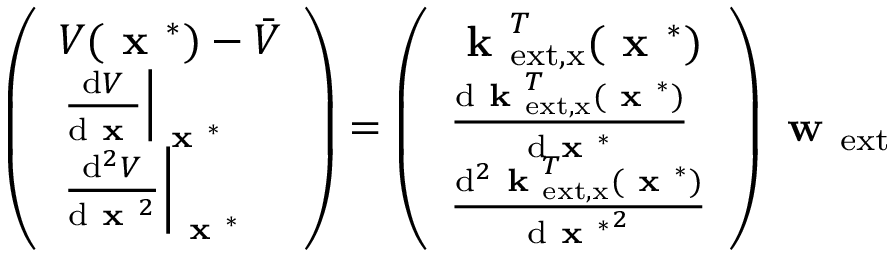
\left( \begin{array} { l } { V ( \textbf { x } ^ { * } ) - \bar { V } } \\ { \left. \frac { \mathrm { d } V } { \mathrm { d } \textbf { x } } \right| _ { \textbf { x } ^ { * } } } \\ { \left. \frac { \mathrm { d } ^ { 2 } V } { \mathrm { d } \textbf { x } ^ { 2 } } \right| _ { \textbf { x } ^ { * } } } \end{array} \right) = \left( \begin{array} { l } { \textbf { k } _ { \mathrm { e x t , x } } ^ { T } ( \textbf { x } ^ { * } ) } \\ { \frac { \mathrm { d } \textbf { k } _ { \mathrm { e x t , x } } ^ { T } ( \textbf { x } ^ { * } ) } { \mathrm { d } \textbf { x } ^ { * } } } \\ { \frac { \mathrm { d } ^ { 2 } \textbf { k } _ { \mathrm { e x t , x } } ^ { T } ( \textbf { x } ^ { * } ) } { \mathrm { d } { \textbf { x } ^ { * } } ^ { 2 } } } \end{array} \right) \textbf { w } _ { \mathrm { e x t } }